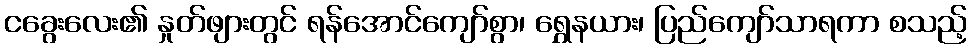
ငခွေးလေး၏ နှုတ်ဖျားတွင် ရန်အောင်ကျော်စွာ၊ ရွှေနယား၊ ပြည်ကျော်သာရကာ စသည့်